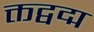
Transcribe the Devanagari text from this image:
क्तद्वद्म